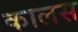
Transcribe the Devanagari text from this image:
कालस